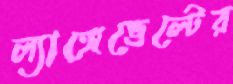
ল্যাঙ্গেভেল্টের